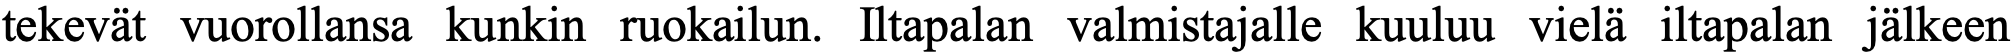
tekevät vuorollansa kunkin ruokailun. Iltapalan valmistajalle kuuluu vielä iltapalan jälkeen